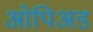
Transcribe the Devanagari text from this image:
ओपिअड